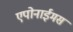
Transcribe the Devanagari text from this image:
एपोनाईमस